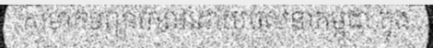
សមាគមព្យាបាលដោយចលនាកម្ពុជា ក្នុង